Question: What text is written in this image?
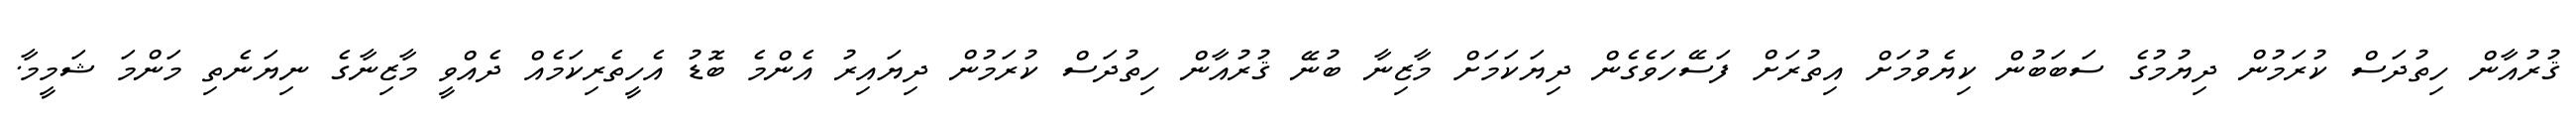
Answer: ޤުރުއާން ހިތުދަސް ކުރަމުން ދިޔުމުގެ ސަބަބުން ކިޔެވުމަށް އިތުރަށް ފަސޭހަވެގެން ދިޔަކަމަށް މާޒިނާ ބުނޭ ޤުރުއާން ހިތުދަސް ކުރަމުން ދިޔައިރު އެންމެ ބޮޑު އެހީތެރިކަމެއް ދެއްވީ މާޒިނާގެ ނިޔަނެތި މަންމަ ޝަމީމާ.